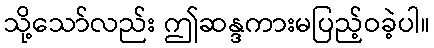
သို့သော်လည်း ဤဆန္ဒကားမပြည့်ဝခဲ့ပါ။